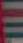
=